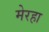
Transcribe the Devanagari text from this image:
मेरहा